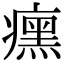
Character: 𬏼